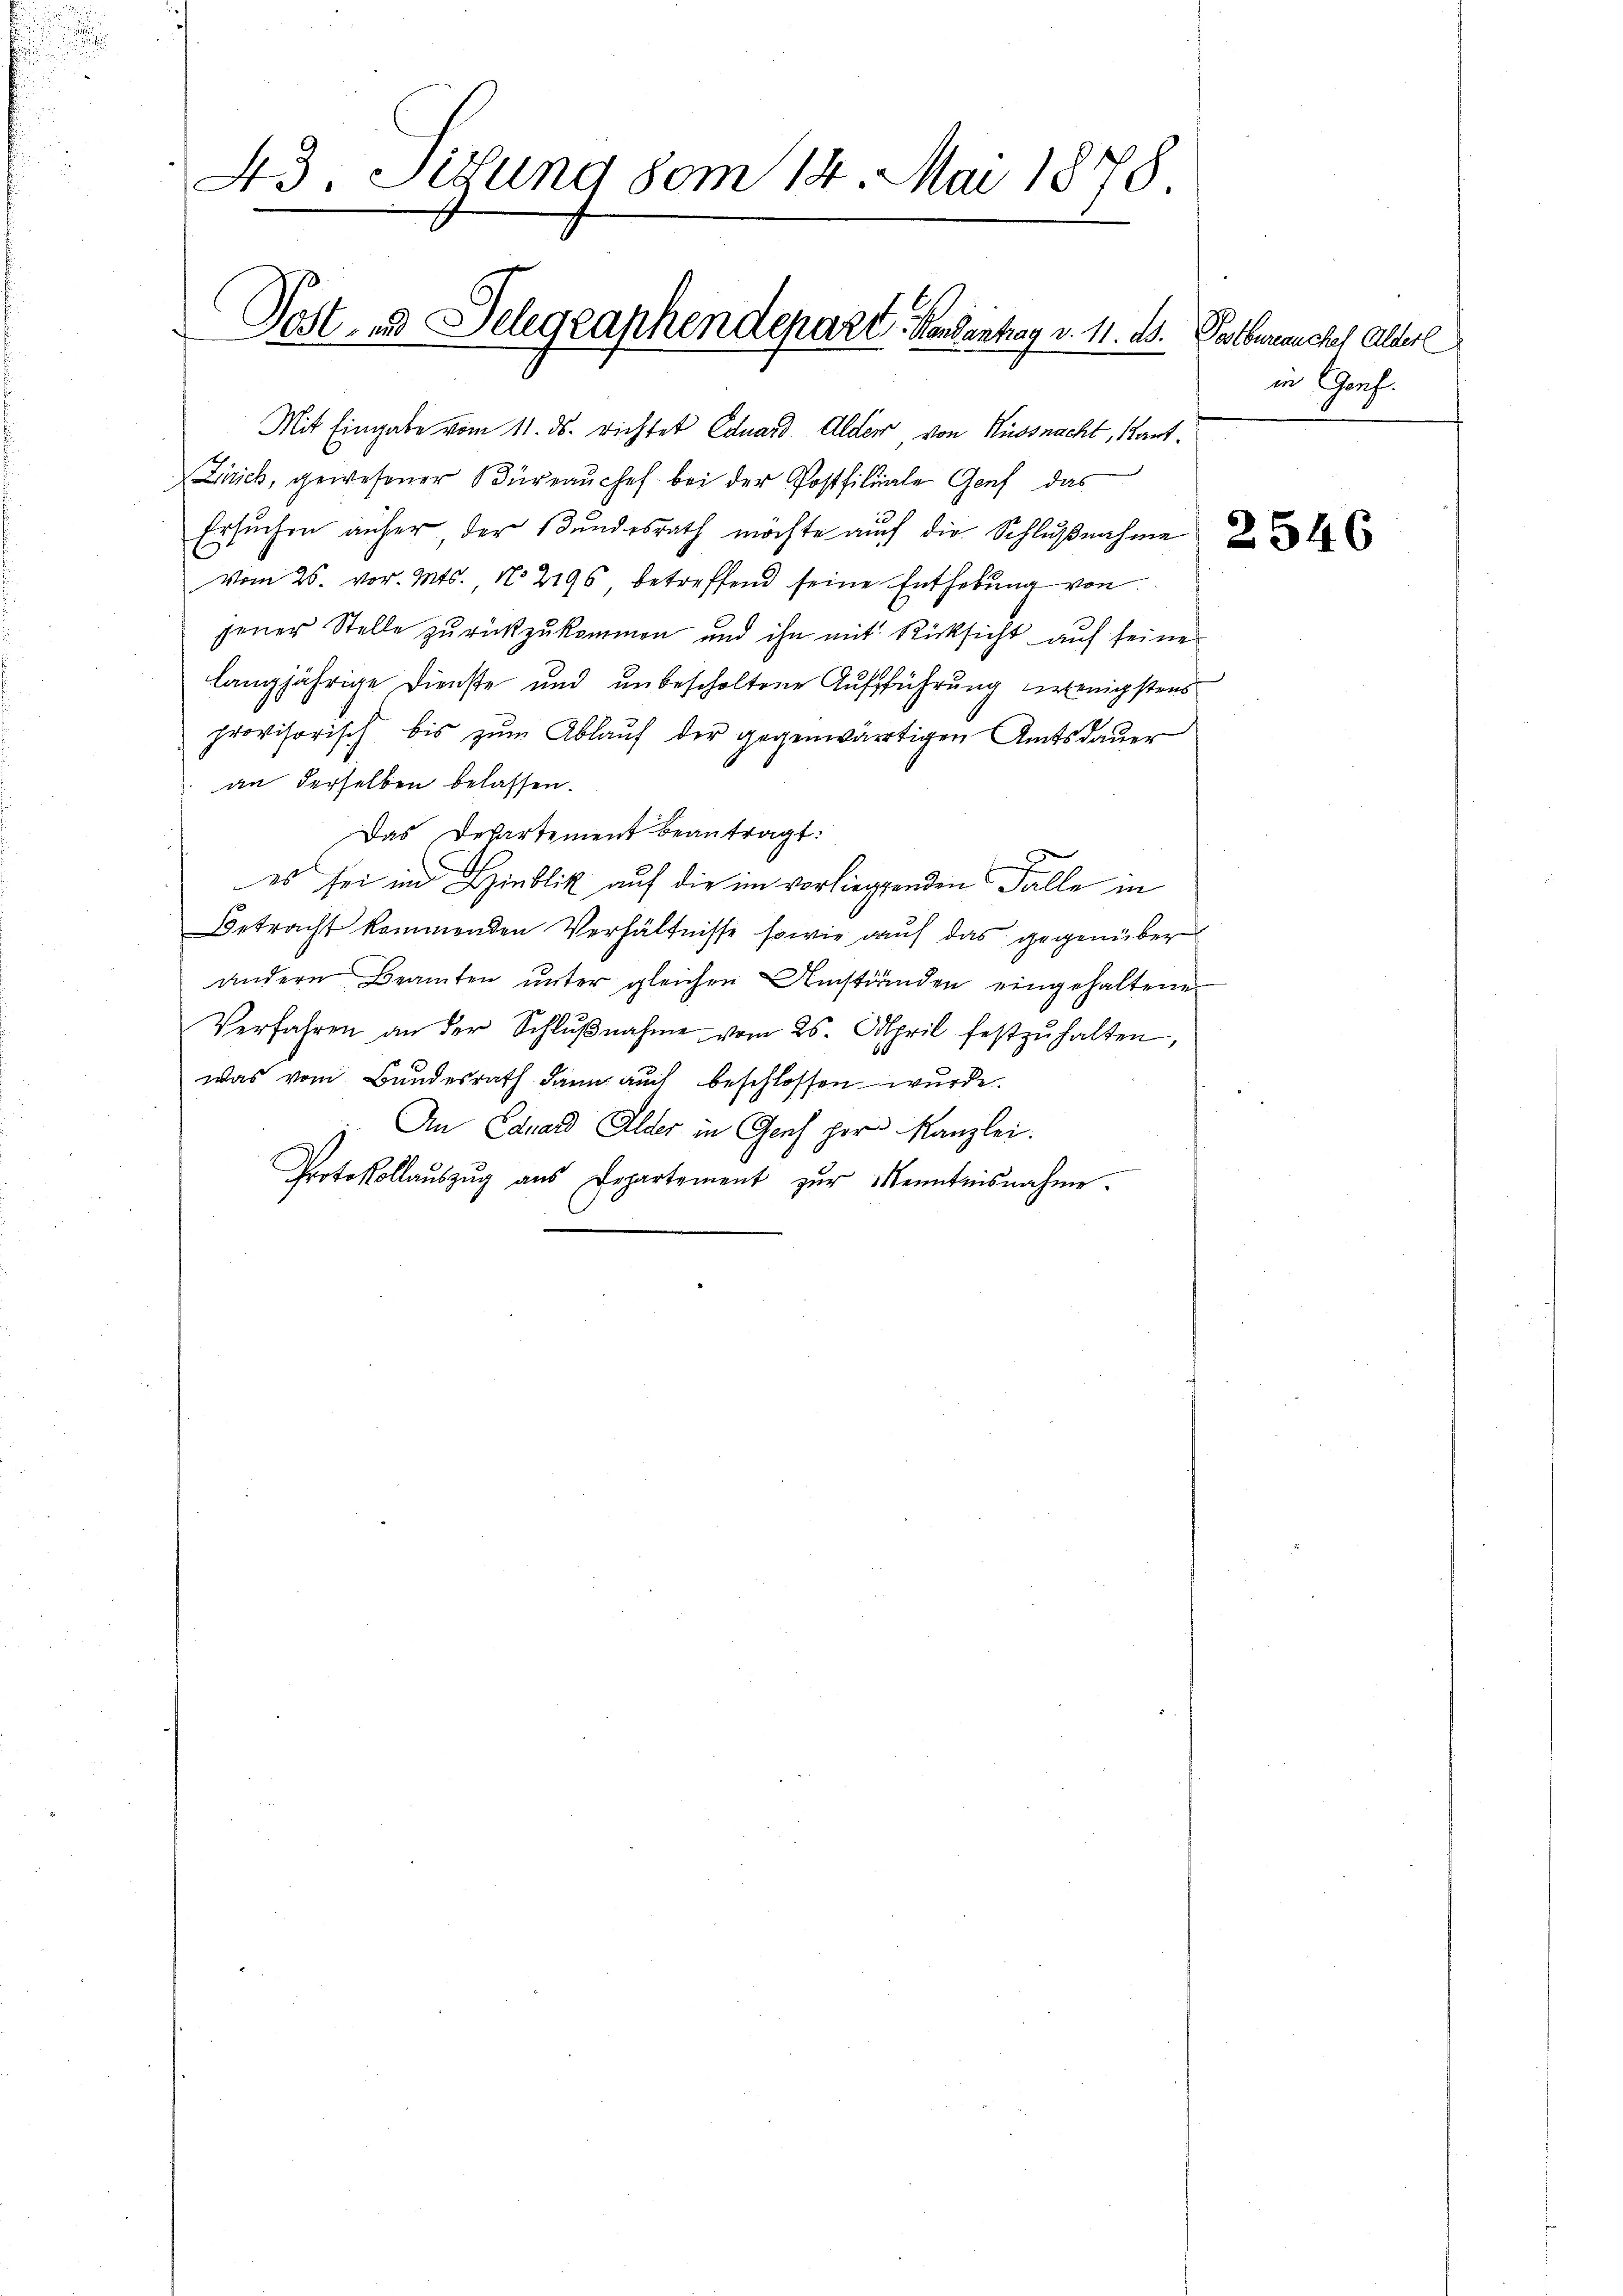
43. Situng vom 14. Mai 1878

Sost- und Telegraphendepart. Handantrag v. 11. ds. Palber auches Alterl

Mit Eingabe vom 11. ds. richtet Eduard Alder, von Küssnacht, kant¬
Zürich, gewesener Büreaŭchef bei der Postfiliale Genf das
Ersuchen aufer, der Bundesrath möchte auch die Schlußnahme
Vom 26. vor. Mts. No 2196, betreffend seine Enthebung von
jener Stelle zurückzukommen und ihn mit Rücksicht auf seine
langjährige Dienste und unbescholtene Aufführung wenigstens
provisorisch bis zum Ablauf der gegenwärtigen Amtsdauer
an derselben belassen.
Das Departement beantragt:
es sei und Hinblick auf die im vorliegenden Falle in
Betracht kommenden Verhältnisse sowie auf das gegenüber
andern Beamten ŭnter gleichen Umständen eingehaltene
Verfahren an der Schlŭβnahme vom 26. April festzŭhalten,
was vom Bundesrath dann auch beschlossen wurde.
An Eduard Alder in Genf her Kanzlei.
Protokollaŭszŭg aŭs Departement zŭr Kenntnisnahme.

in Genf.